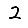
Digit: 2